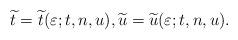
LaTeX: \begin{align*}\widetilde{t}=\widetilde{t}(\varepsilon;t,n,u),\widetilde{u}=\widetilde{u}(\varepsilon;t,n,u).\end{align*}